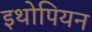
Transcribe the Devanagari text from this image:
इथोपियन